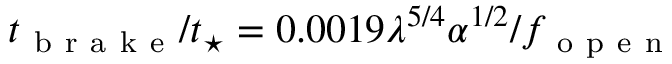
t _ { \mathrm { ~ b ~ r ~ a ~ k ~ e ~ } } / t _ { \star } = 0 . 0 0 1 9 \lambda ^ { 5 / 4 } \alpha ^ { 1 / 2 } / f _ { \mathrm { ~ o ~ p ~ e ~ n ~ } }